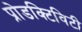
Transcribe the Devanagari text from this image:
प्रोडक्टिविटी